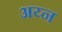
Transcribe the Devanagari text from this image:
अय्न